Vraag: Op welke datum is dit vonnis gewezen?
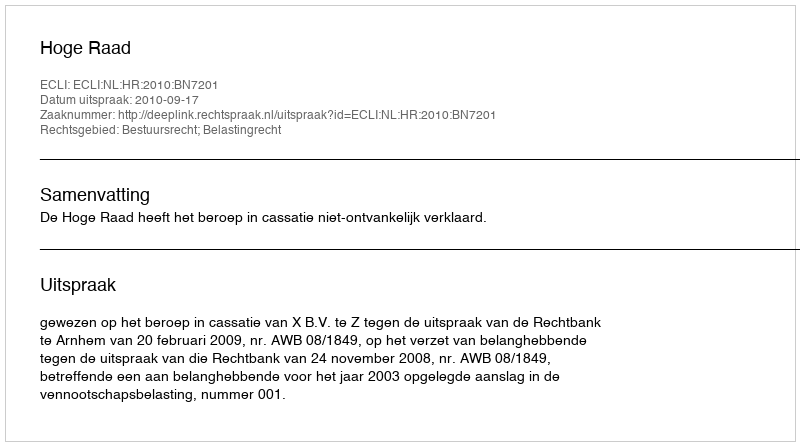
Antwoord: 2010-09-17